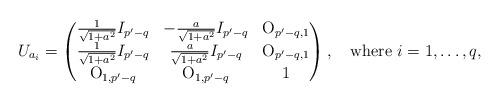
LaTeX: \begin{align*}U_{a_{i}}=\begin{pmatrix} \frac{1}{\sqrt{1+a^{2}}}I_{p'-q} & -\frac{a}{\sqrt{1+a^{2}}}I_{p'-q} & \mbox{O}_{p'-q,1} \\ \frac{1}{\sqrt{1+a^{2}}}I_{p'-q} & \frac{a}{\sqrt{1+a^{2}}}I_{p'-q}& \mbox{O}_{p'-q,1} \\ \mbox{O}_{1,p'-q} & \mbox{O}_{1,p'-q} & 1 \end{pmatrix},\quad\mbox{where $i=1,\dots,q$,}\end{align*}